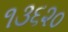
૧૩૬૨૦